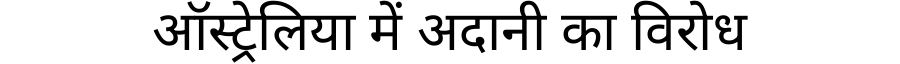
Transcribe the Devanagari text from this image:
ऑस्ट्रेलिया में अदानी का विरोध